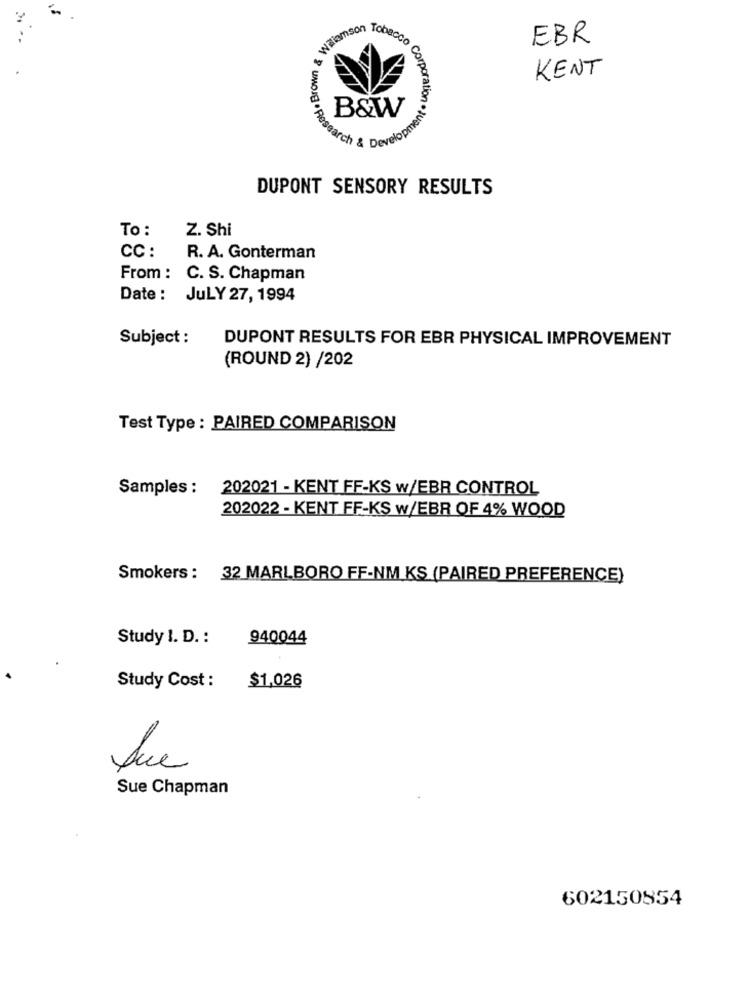
pressad . Brown & Wilia
Tobacco
EBR
corp
KENT
orpora
B&W
Search & Develo
DUPONT SENSORY RESULTS
To :
Z. Shi
CC :
R. A. Gonterman
From : C. S. Chapman
Date : JULY 27, 1994
Subject :
DUPONT RESULTS FOR EBR PHYSICAL IMPROVEMENT
(ROUND 2) /202
Test Type : PAIRED COMPARISON
Samples :
202021 - KENT FF-KS w/EBR CONTROL
202022 - KENT FF-KS w/EBR OF 4% WOOD
Smokers : 32 MARLBORO FF-NM KS (PAIRED PREFERENCE)
Study I. D. :
940044
Study Cost :
$1.026
Sue Chapman
602150854